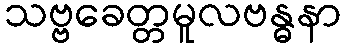
သဗ္ဗခေတ္တမူလဗန္ဓနာ